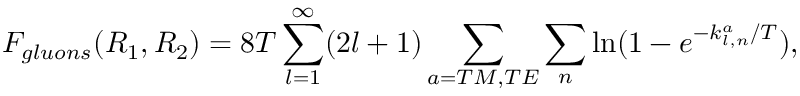
F _ { g l u o n s } ( R _ { 1 } , R _ { 2 } ) = 8 T \sum _ { l = 1 } ^ { \infty } ( 2 l + 1 ) \sum _ { a = T M , T E } \sum _ { n } \ln ( 1 - e ^ { - k _ { l , n } ^ { a } / T } ) ,